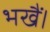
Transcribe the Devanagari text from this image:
भखैं।